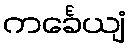
ကင်္ခေယျံ